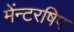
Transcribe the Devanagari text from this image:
मेंन्टरषिप